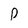
Character: P